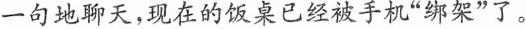
一句地聊天，现在的饭桌已经被手机”绑架”了。